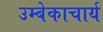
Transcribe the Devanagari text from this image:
उम्बेकाचार्य